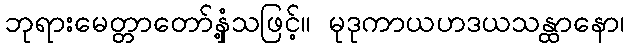
ဘုရားမေတ္တာတော်နှံ့သဖြင့်။ မုဒုကာယဟဒယသန္ထာနော၊